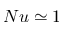
N u \simeq 1